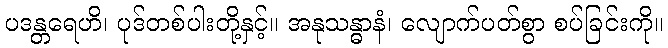
ပဒန္တရေဟိ၊ ပုဒ်တစ်ပါးတို့နှင့်။ အနုသန္ဓာနံ၊ လျောက်ပတ်စွာ စပ်ခြင်းကို။